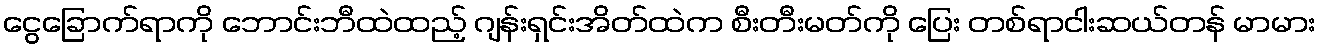
ငွေခြောက်ရာကို ဘောင်းဘီထဲထည့် ဂျန်းရှင်းအိတ်ထဲက စီးတီးမတ်ကို ပြေး တစ်ရာငါးဆယ်တန် မာမား